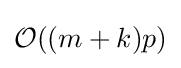
{\mathcal {O}}((m+k)p)